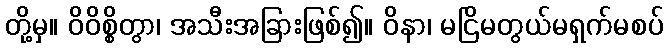
တို့မှ။ ဝိဝိစ္စိတွာ၊ အသီးအခြားဖြစ်၍။ ဝိနာ၊ မငြိမတွယ်မရှက်မစပ်